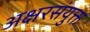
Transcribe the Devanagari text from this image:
अक्षरसंयुक्त